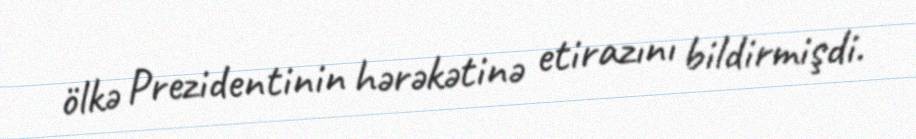
ölkə Prezidentinin hərəkətinə etirazını bildirmişdi.